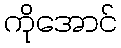
ကိုအောင်